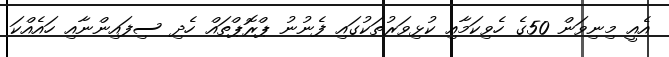
އެއީ މިނިވަން 50ގެ ހެވިކަމާއި ކުޅިވަރުތަކުގައި ފެނުނު ޕްރޮޕްތައް ހެދި ސިފައިންނާއި ހައެއްކަ